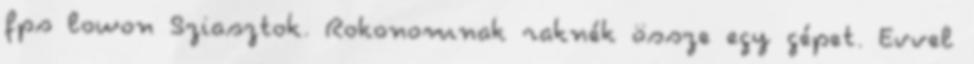
fps lowon Sziasztok. Rokonomnak raknék össze egy gépet. Evvel